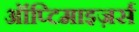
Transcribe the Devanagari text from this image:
ऑप्टिमाइज़र्स